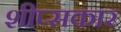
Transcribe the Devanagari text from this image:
शीप्सकार